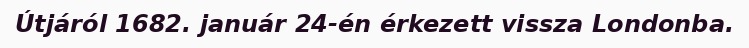
Útjáról 1682. január 24-én érkezett vissza Londonba.